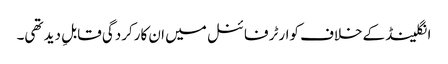
انگلینڈ کےخلاف کوارٹر فائنل میں ان کارکردگی قابلِ دید تھی۔